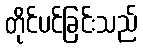
တိုင်ပင်ခြင်းသည်